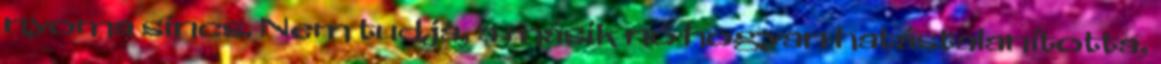
nyoma sincs. Nem tudja, a másik nő hogyan hatástalanította,